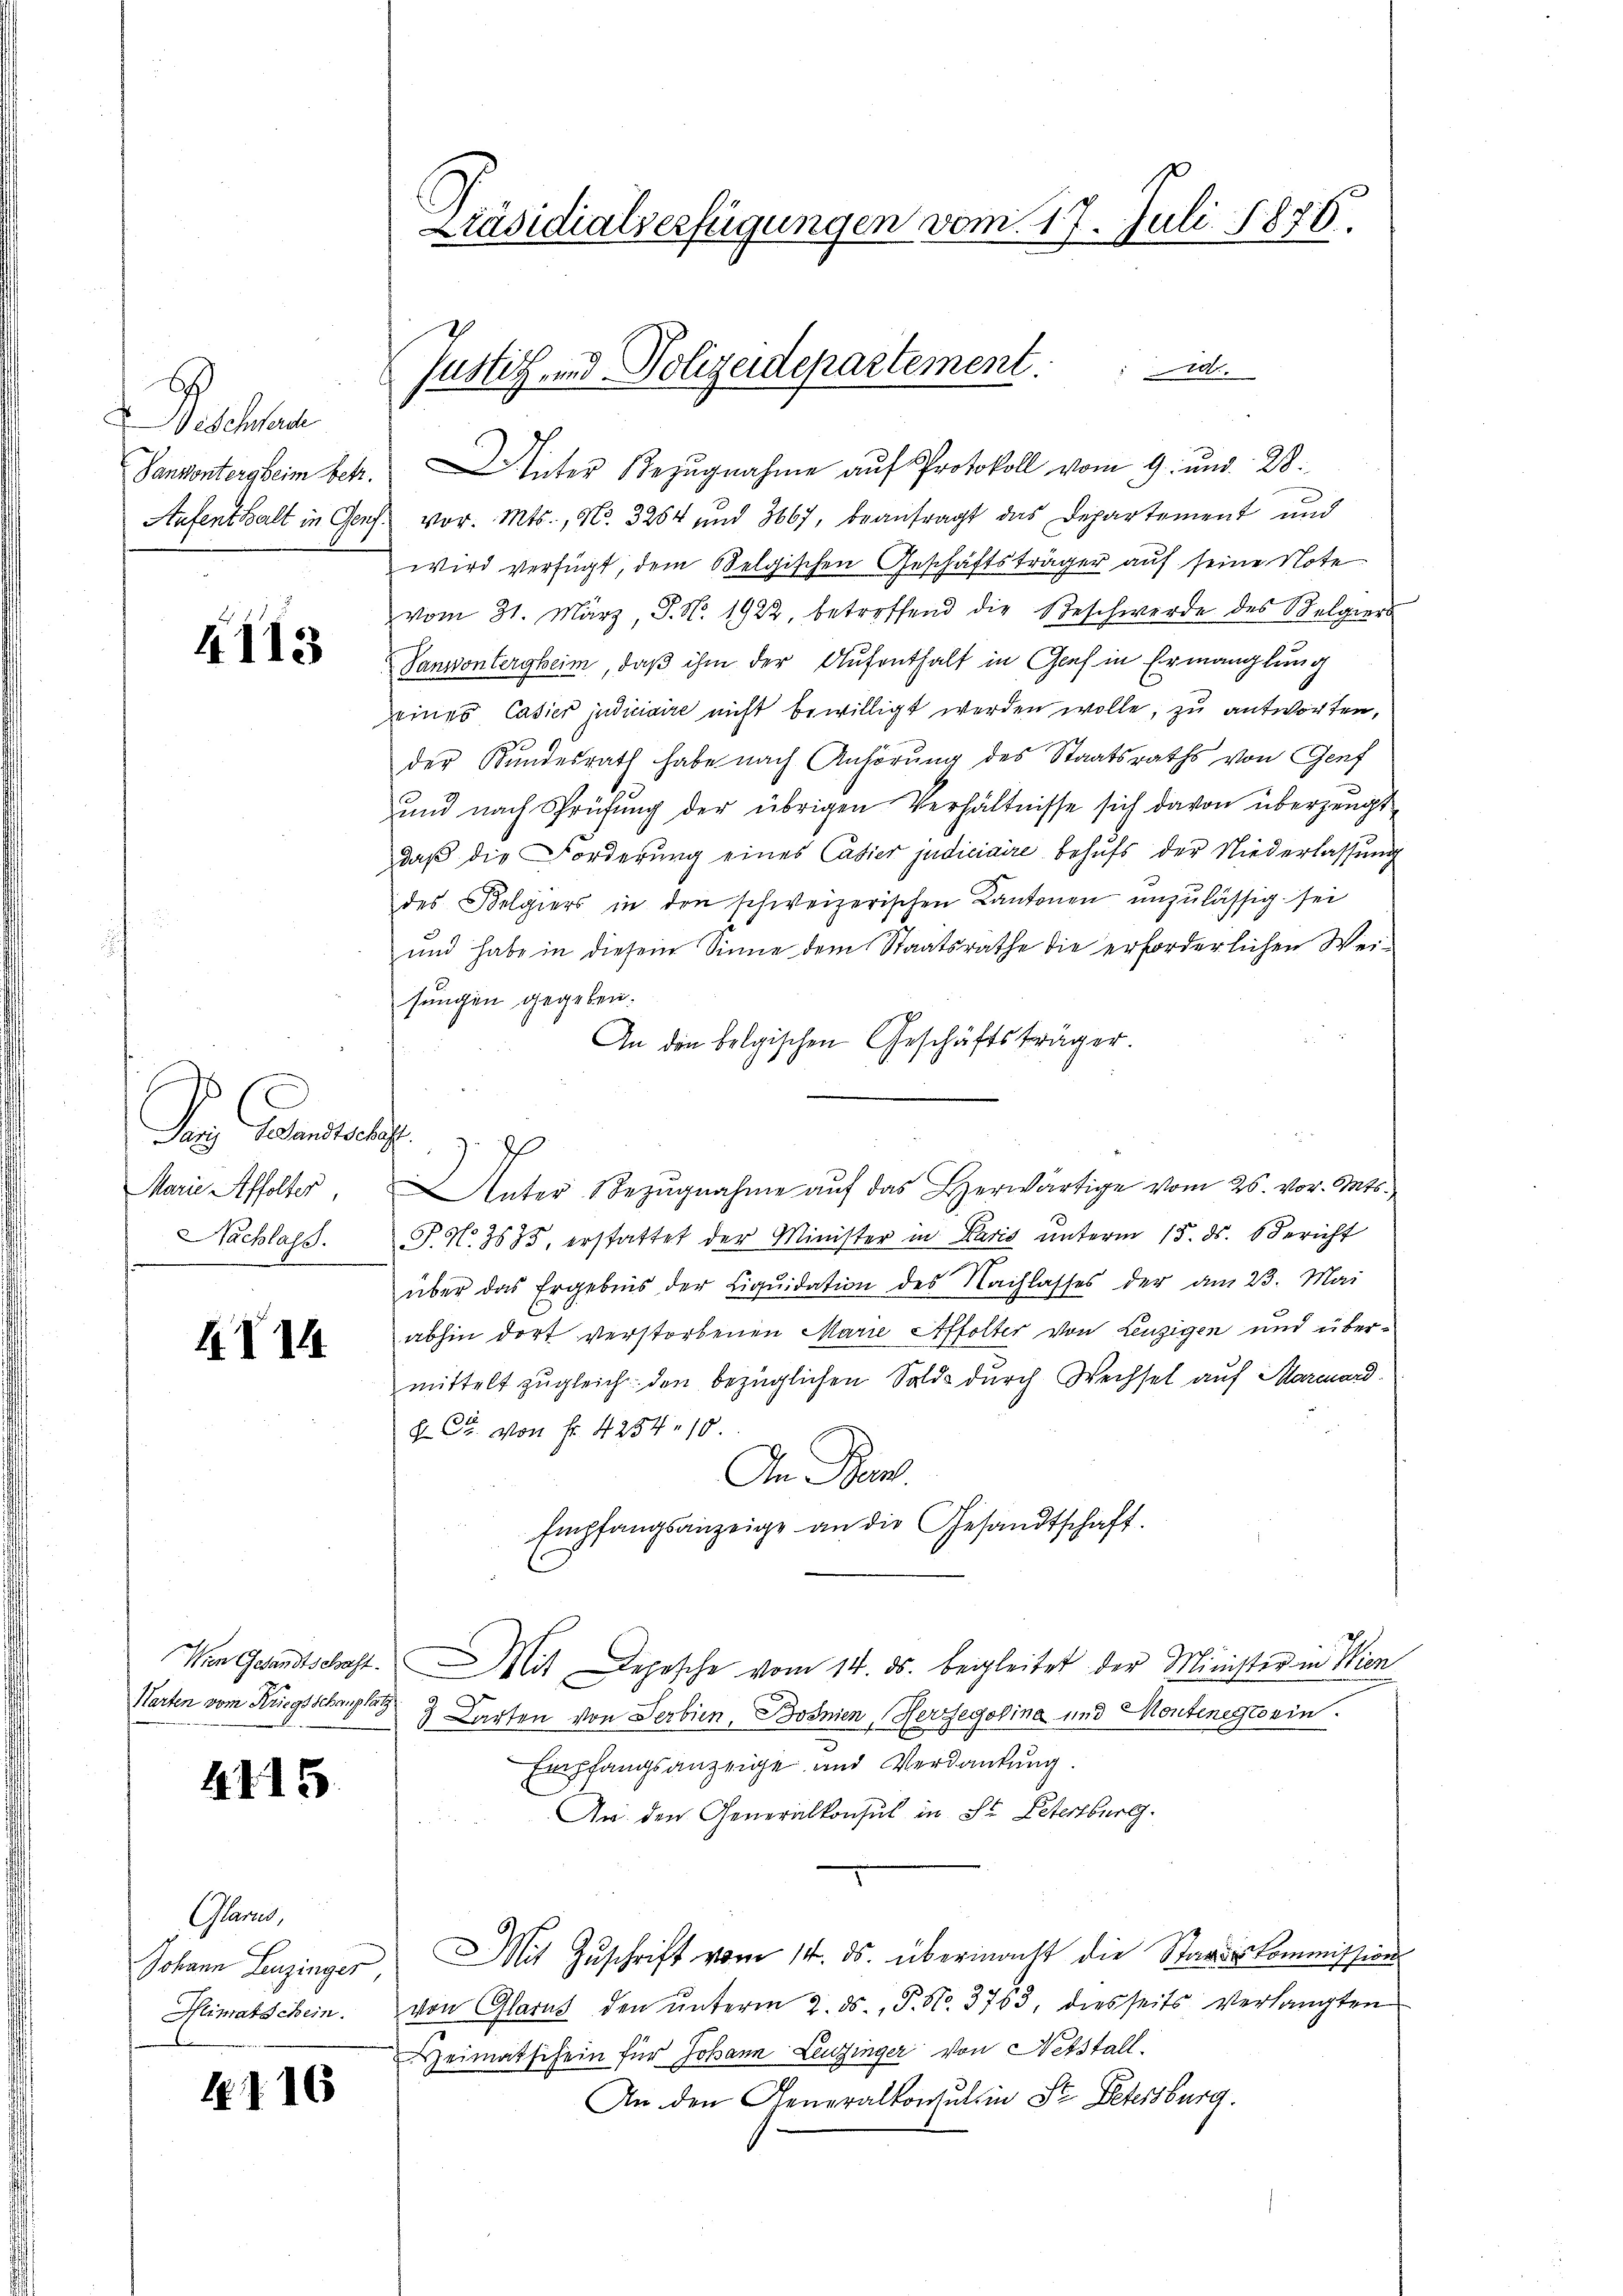
eeser
Sansontergheim betr.
Aufenthalt in Gen

4113

Der Famili
Marie Affolter
Nachlass.

424

Wien Gesandtschaft.
Warten vom Kriegsschauplatz

4115.

Glarus,
Johann Lenzinger
Heimatschein.

1116

Präsidialverfügungen vom 17. Juli 1876.

Justiz und Polizeidepartement

nter Bezŭgnahme aŭf Protokoll vom 9. und 28.
vor. Mts., No. 3264 und 3667, beantragt das Departement und
wird verfügt, dem Oelgischen Geschäftsträger auf seine Note
vom 31. März, P. Nr. 1922, betreffend die Beschwerde des Belgiers
Sanvonbergheim, daß ihm der Aufenthalt in Genf in Ermanglung
eines Casier judiciaire nicht bewilligt werden wolle, zu antworten,
der Kundesrath habe nach Anhörung des Staatsraths von Genf
und nach Sprüfŭng der übrigen Verhältnisse sich davon überzeugt,
daβ die Forderung eines Catier judiciaire behŭfs der Niederlassŭng
des Belgiers in den schweizerischen Kantonen unzulässig sei
und habe in diesem Sinne dem Staatsrathe die erforderlichen Weisungen gegeben.
An den belgischen Geschäftsträger.
s
Unter Bezŭgnahme aŭf das herwärtige vom 25. vor. Mts.
P. N. 385, erstattet der Minister in Paris unterm 15. ds. Bericht
über das Ergebnis der Liqŭidation des Nachlasses der am 23. Mai
abhin dort verstorbenen Marie Affolter von Lenzigen und übermittelt zugleich den bezüglichen Solde durch Wechsel auf Marmord
8. C. von Fr. 4254. 18
An Ber
Empfangsanzeige an die Gesandtschaft.
Mit Depesche vom 14. ds. begleitet der Minister in Wien
3 Carten von Serbien, Bosnien Herzegolina und Montenegtorin
Empfangsanzeige und Verdankung.
An den Generalkonsul in St. Petersburg.
Mit Zuschrift vom 14. ds. übermacht die Staatskommission
von Glarus den ŭnterm 2. ds. P. No. 3763, diesseits verlangten
Heimatschein für Johann Leuzinger von Nebstall.
An den Generalkonsul in St. Petersburg.